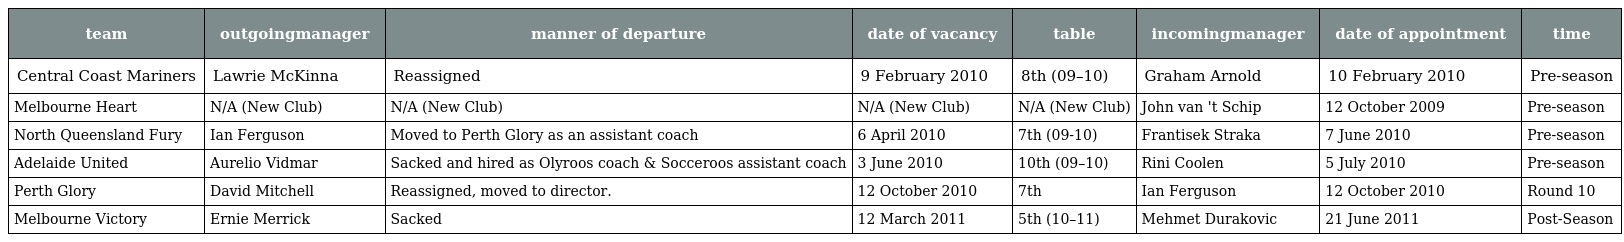
| team | outgoingmanager | manner of departure | date of vacancy | table | incomingmanager | date of appointment | time |
 | --- | --- | --- | --- | --- | --- | --- | --- |
 | Central Coast Mariners | Lawrie McKinna | Reassigned | 9 February 2010 | 8th (09–10) | Graham Arnold | 10 February 2010 | Pre-season |
 | Melbourne Heart | N/A (New Club) | N/A (New Club) | N/A (New Club) | N/A (New Club) | John van 't Schip | 12 October 2009 | Pre-season |
 | North Queensland Fury | Ian Ferguson | Moved to Perth Glory as an assistant coach | 6 April 2010 | 7th (09-10) | Frantisek Straka | 7 June 2010 | Pre-season |
 | Adelaide United | Aurelio Vidmar | Sacked and hired as Olyroos coach & Socceroos assistant coach | 3 June 2010 | 10th (09–10) | Rini Coolen | 5 July 2010 | Pre-season |
 | Perth Glory | David Mitchell | Reassigned, moved to director. | 12 October 2010 | 7th | Ian Ferguson | 12 October 2010 | Round 10 |
 | Melbourne Victory | Ernie Merrick | Sacked | 12 March 2011 | 5th (10–11) | Mehmet Durakovic | 21 June 2011 | Post-Season |